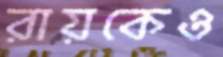
রায়কেও